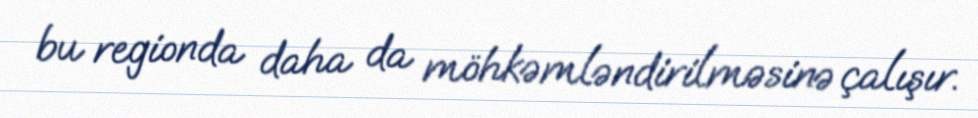
bu regionda daha da möhkəmləndirilməsinə çalışır.